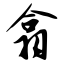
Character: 翕